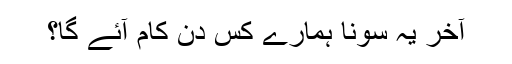
آخر یہ سونا ہمارے کس دن کام آئے گا؟